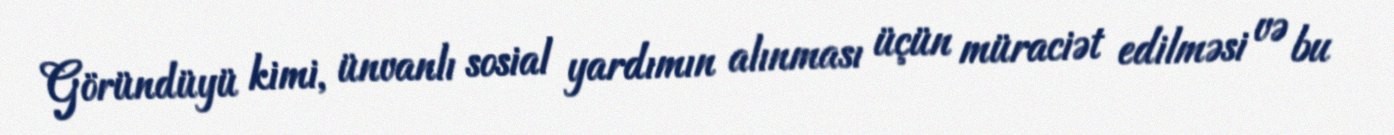
Göründüyü kimi, ünvanlı sosial yardımın alınması üçün müraciət edilməsi və bu